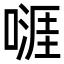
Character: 𠽎